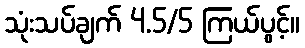
သုံးသပ်ချက် 4.5/5 ကြယ်ပွင့်။